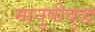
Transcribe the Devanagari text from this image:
मानुषीबुद्ध